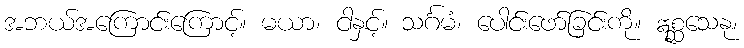
အဘယ်အကြောင်းကြောင့်။ မယာ၊ ငါနှင့်။ သင်္ဂမံ၊ ပေါင်းဖော်ခြင်းကို။ ဣစ္ဆသေနု၊